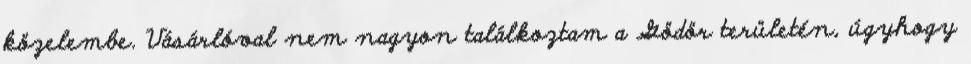
közelembe. Vásárlóval nem nagyon találkoztam a Gödör területén, úgyhogy